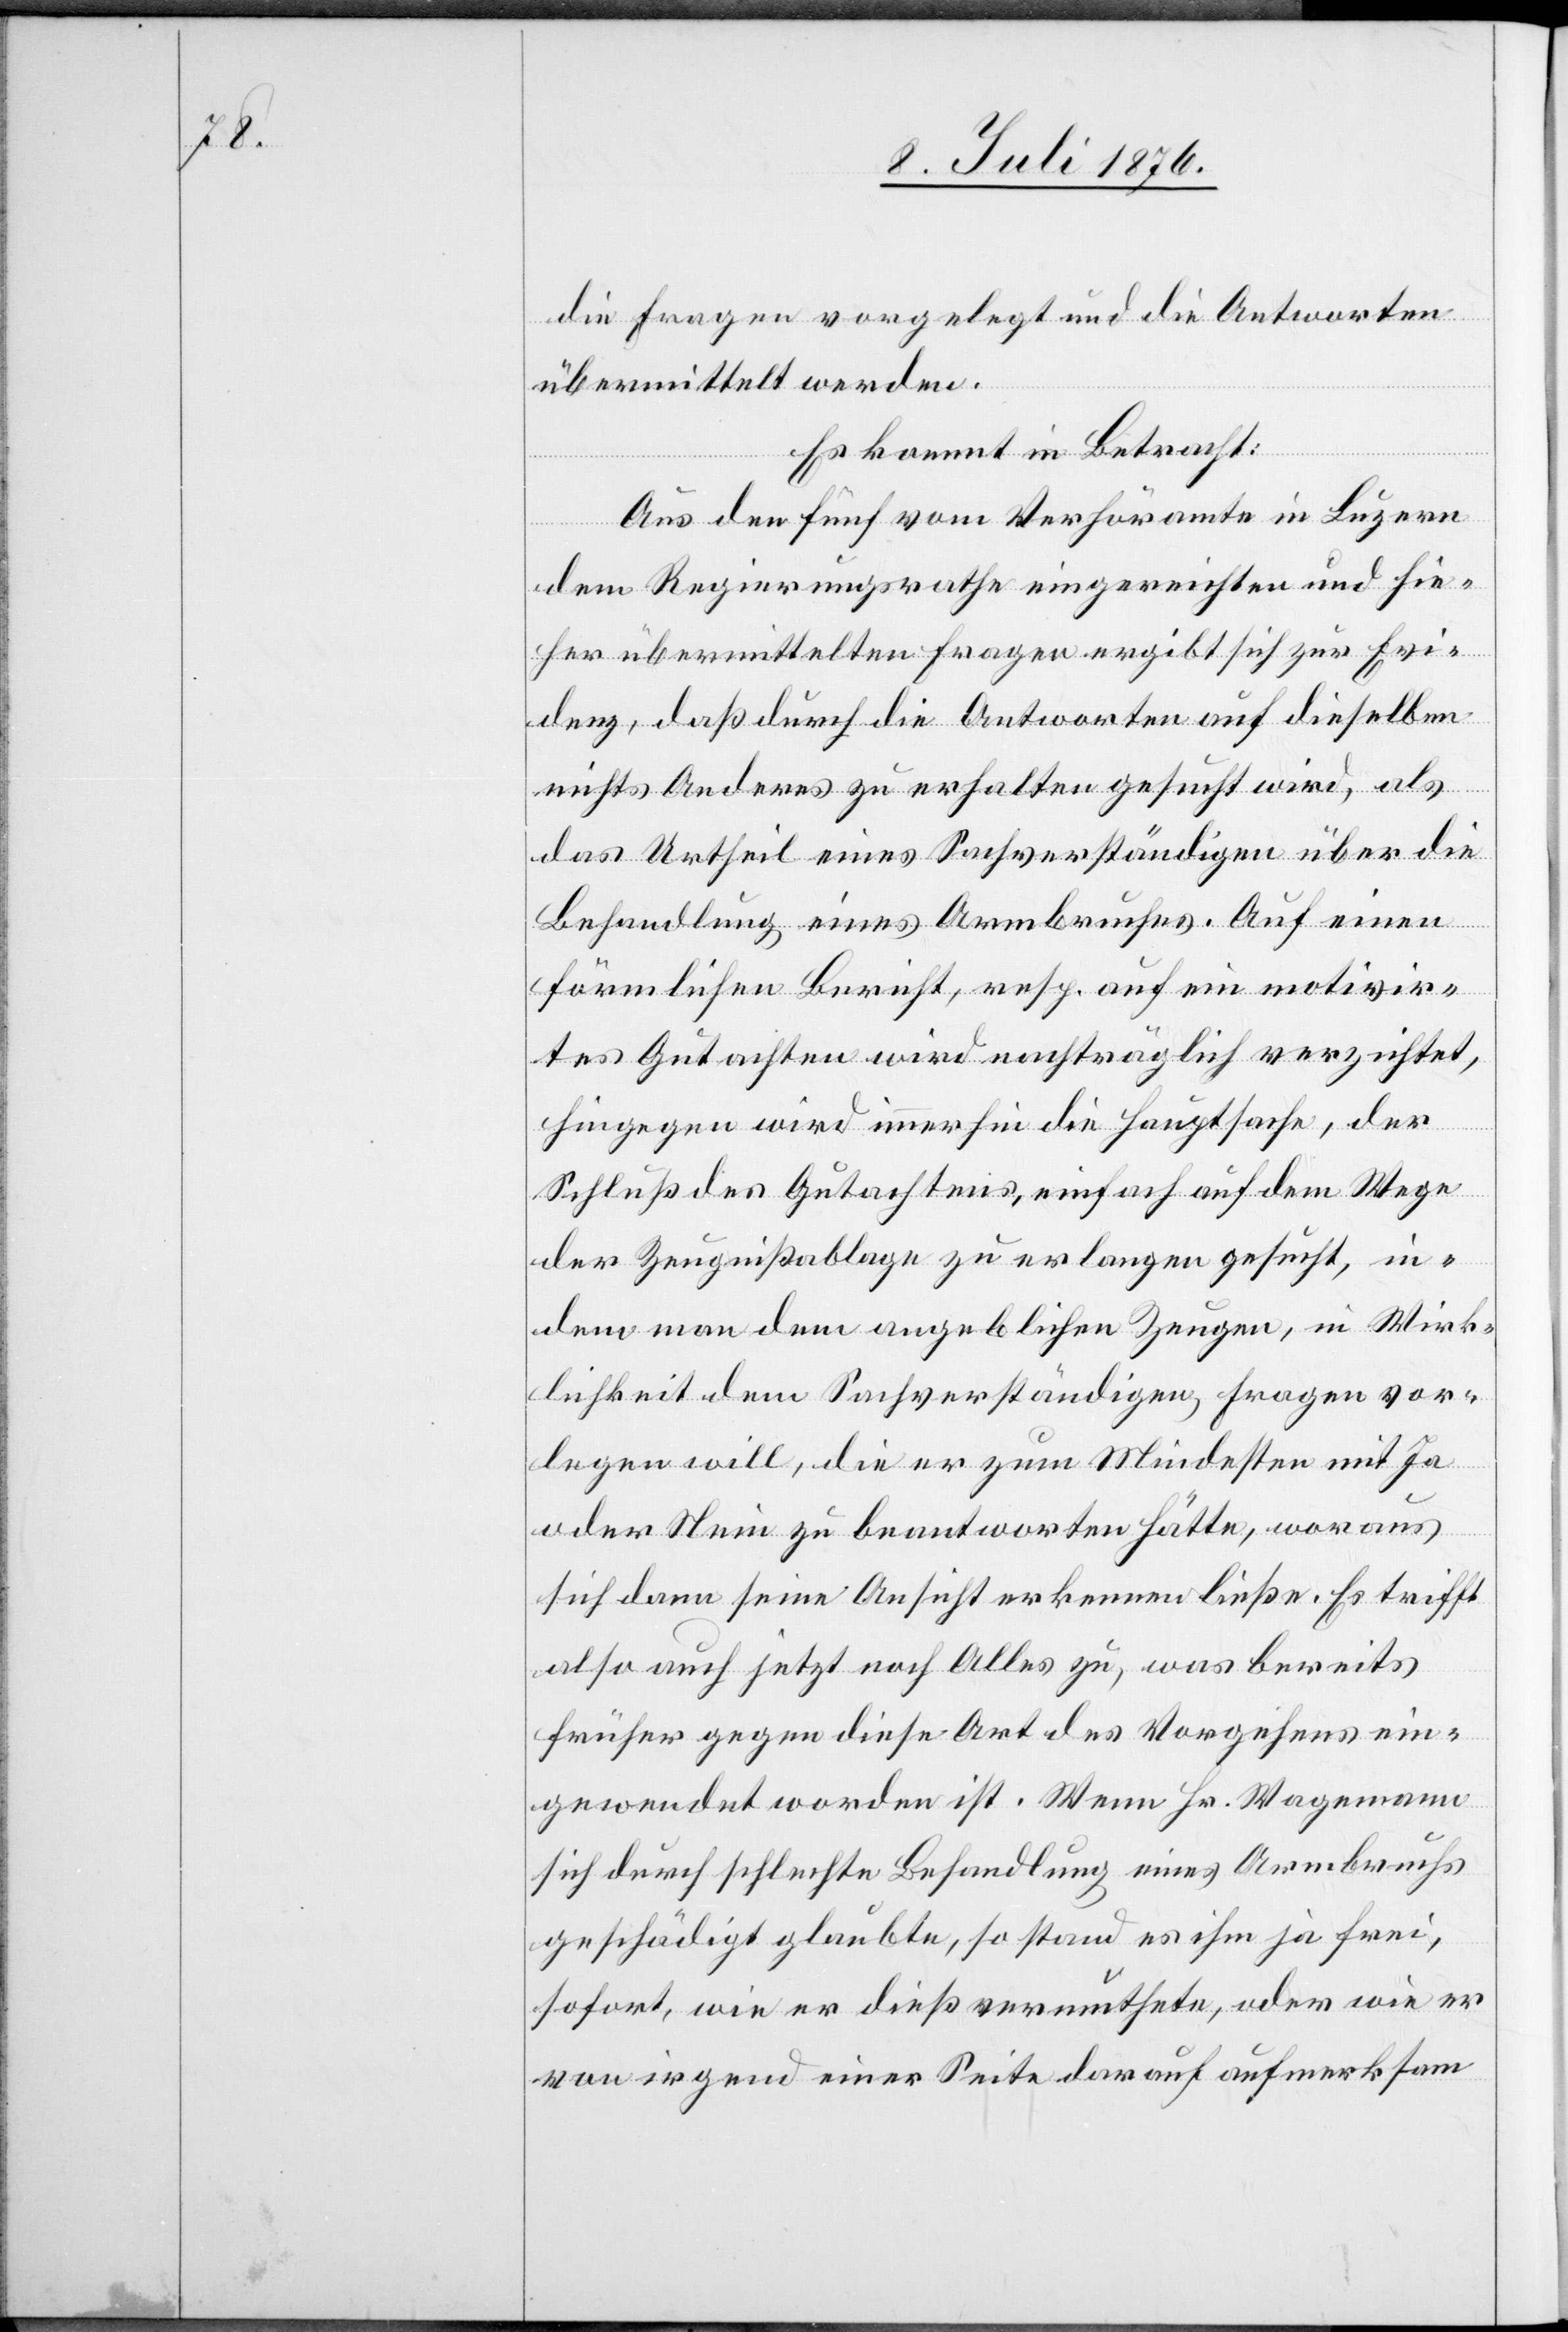
die Fragen vorgelegt und die Antworten
übermittelt werden
Es kommt in Betracht:
Aus den fünf vom Verhöramte in Luzern
dem Regierungsrathe eingereichten und hie¬
her übermittelten Fragen ergibt sich zur Evi¬
denz, daß durch die Antworten auf dieselben
nichts Anderes zu erhalten gesucht wird, als
das Urtheil eines Sachverständigen über die
Behandlung eines Armbruches. Auf einen
förmlichen Bericht, resp. auf ein motivi9r¬
tes Gutachtenwird nachträglich verzichtet,
hingegen wird immerhin die Hauptsache, der
Schluß des Gutachtens, einfach auf dem Wege
der Zeugnißablage zu erlangen gesucht, in¬
rlegen will, die er zum Mindesten mit Ja
oder Nein zu beantworten hätte, woraus
sich dann seine Ansicht erkennen ließe. Es trifft
also auch jetzt noch Alles zu, was bereits
früher gegen diese Art des Vorgehens ein¬
gewendet worden ist. Wenn Hr. Wagemann
sich durch schlechte Behandlung eines Armbruchs
geschädigt glaubte, so stand es ihm ja frei,
sofort, wie er dieß vermuthete, oder wie er
von irgend einer Seite darauf aufmerksam

vo¬